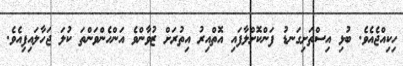
ހިކިއްޖެއެވެ. ބުޅި އިސްތަށިގަނޑު ފަންކޮށްލާފައި އޮތްއިރު އިތުރަށް ޒުވާންވެ އަންހެންވަންތަ ކުލަ ޖަހާލައިފިއެވެ.